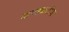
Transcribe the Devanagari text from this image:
दारुहळदीचा